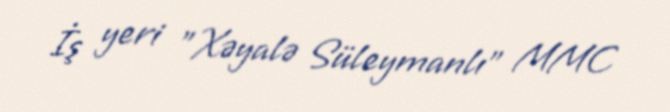
İş yeri "Xəyalə Süleymanlı" MMC